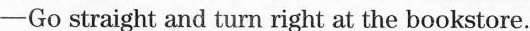
-Go straight and turn right at the bookstore.